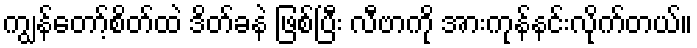
ကျွန်တော့်စိတ်ထဲ ဒိတ်ခနဲ ဖြစ်ပြီး လီဗာကို အားကုန်နင်းလိုက်တယ်။